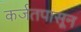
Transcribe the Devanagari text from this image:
कर्जतपासून